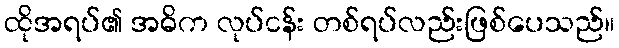
ထိုအရပ်၏ အဓိက လုပ်ငန်း တစ်ရပ်လည်းဖြစ်ပေသည်။